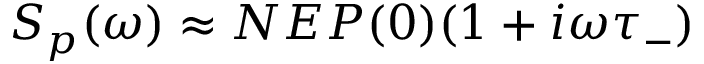
S _ { p } ( \omega ) \approx N E P ( 0 ) ( 1 + i \omega \tau _ { - } )